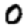
Digit: 0